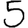
Digit: 5